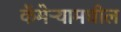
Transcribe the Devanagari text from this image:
कॅमेऱ्यामधील